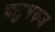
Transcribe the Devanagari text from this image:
चतुभरुज